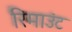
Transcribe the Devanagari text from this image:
रिमाउंट